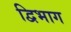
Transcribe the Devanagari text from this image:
द्विभाग